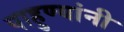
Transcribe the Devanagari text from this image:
पाहुण्यांनी